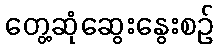
တွေ့ဆုံဆွေးနွေးစဉ်